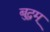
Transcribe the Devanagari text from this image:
बुद्धम्